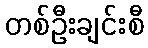
တစ်ဦးချင်းစီ